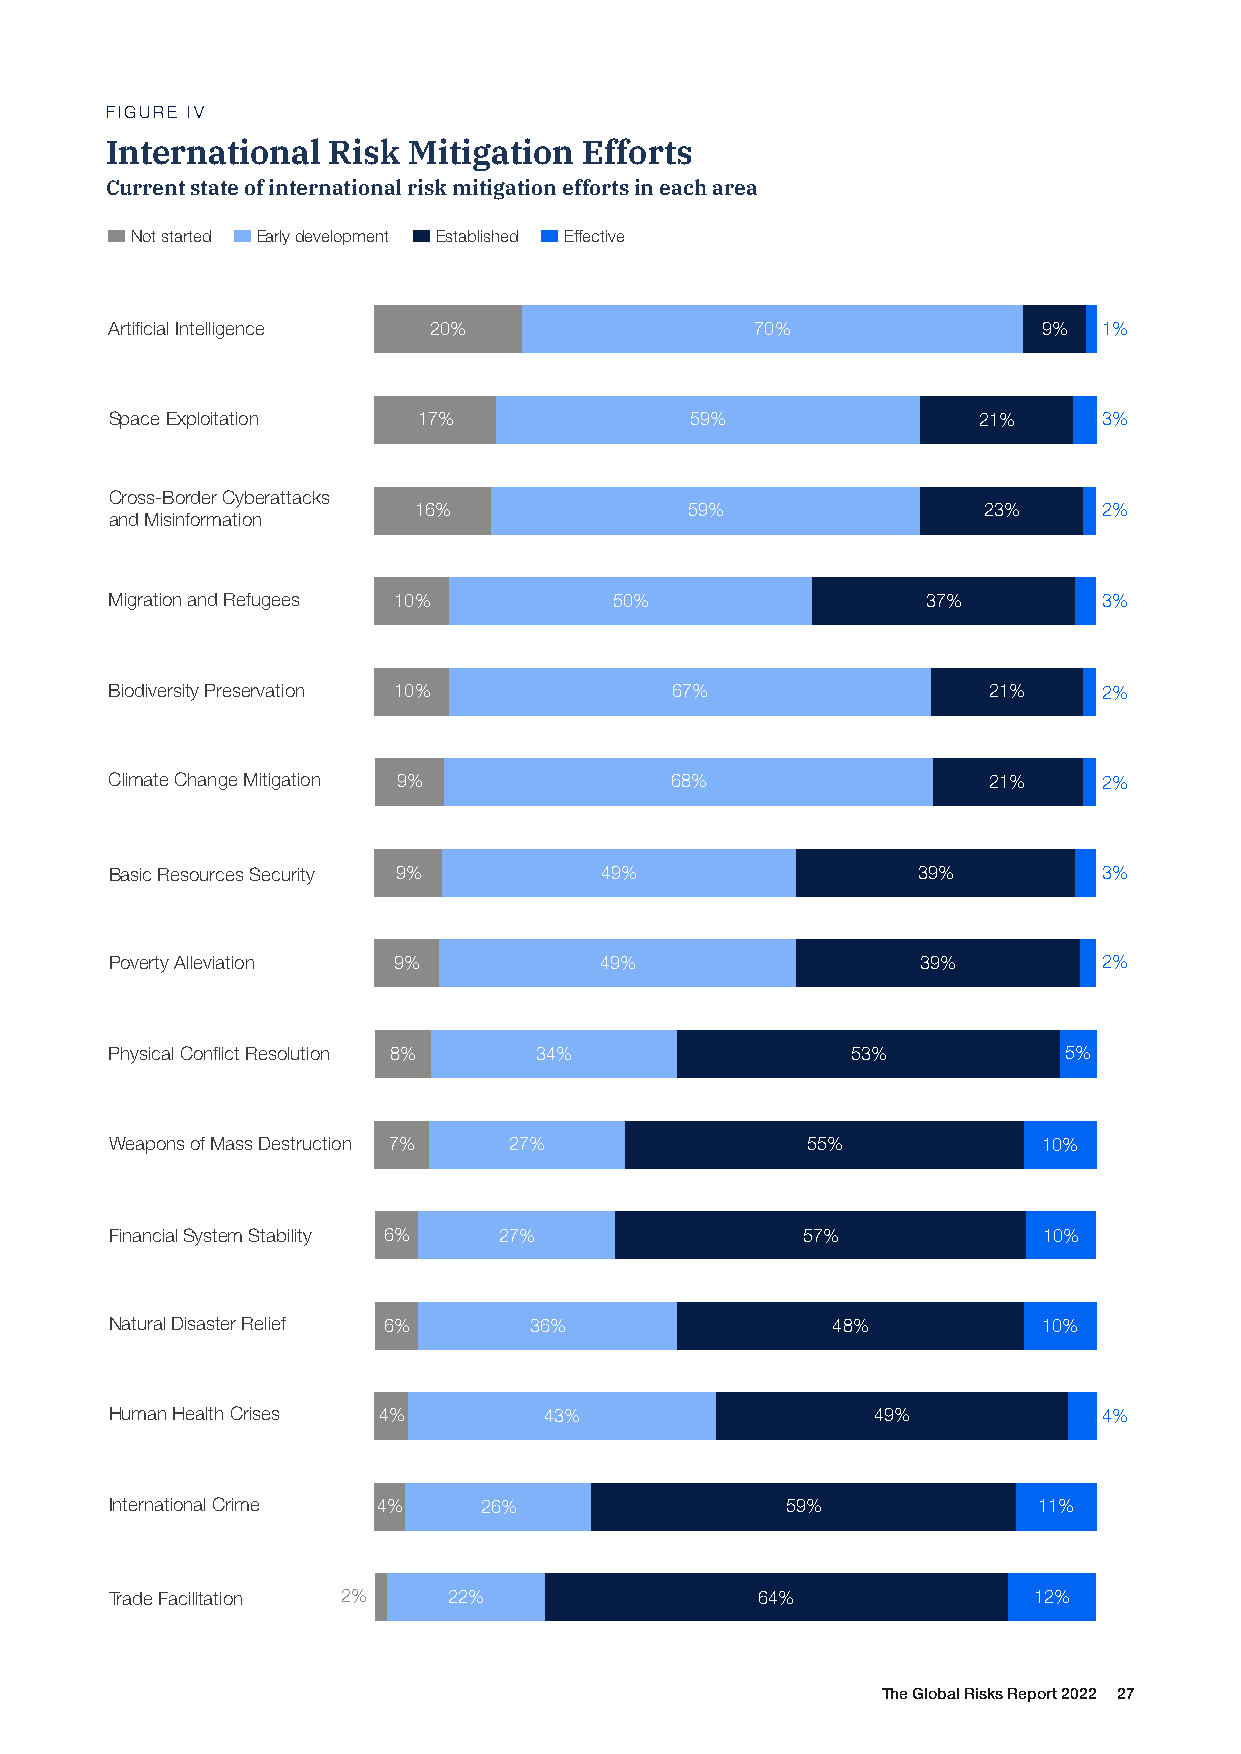
FIGURE IV
 International  Risk Mitigation  Efforts
 Current state of international risk mitigation efforts in each area
 Not started Early development Established Effective
 Artificial Intelligence 20%                70%                9%  1%
 Space Exploitation   17%               59%                21%     3%
 Cross-Border Cyberattacks
 16%               59%                 23%     2%
 and Misinformation
 Migration and Refugees 10%        50%                 37%         3%
 Biodiversity Preservation 10%        67%                  21%     2%
 Climate Change Mitigation 9%         68%                  21%     2%
 Basic Resources Security 9%      49%                  39%         3%
 Poverty Alleviation 9%           49%                  39%         2%
 Physical Conflict Resolution 8% 34%              53%           5%
 Weapons of Mass Destruction 7% 27%            55%             10%
 Financial System Stability 6% 27%             57%             10%
 Natural Disaster Relief 6%  36%                 48%           10%
 Human Health Crises 4%       43%                   49%            4%
 International Crime 4%   26%                 59%              11%
 Trade Facilitation 2%  22%                 64%               12%
 The Global Risks Report 2022 27